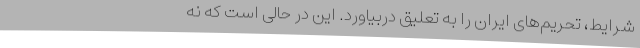
شرایط، تحریم‌های ایران را به تعلیق دربیاورد. این در حالی است که نه